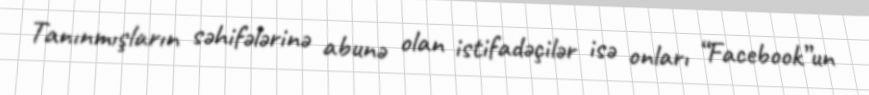
Tanınmışların səhifələrinə abunə olan istifadəçilər isə onları “Facebook”un